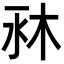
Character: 𣐫